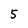
Character: 5